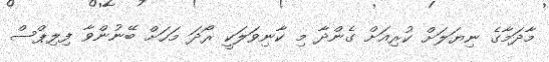
މާދަމާގެ ނިޔަލަށް ކުރިއަށް ގެންދާ މި ކާނިވަލަކީ ރޯދަ މަހަށް ބޭނުންވާ ފިލިޕްސް